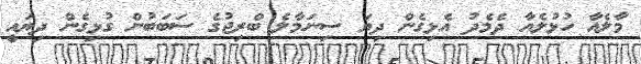
މާލެއާ ހުޅުލެއާ ދެމެދު އެޅިގެން ދިޔަ ސިނަމާލެ ބްރިޖުގެ ސަބަބުން ގުޅިގެން ދިޔައީ